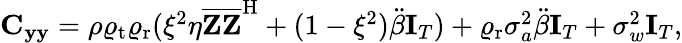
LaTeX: \begin{array}{r}{\mathbf{C}_{\mathbf{y}\mathbf{y}}=\rho\varrho_{\mathrm{t}}\varrho_{\mathrm{r}}(\xi^{2}\eta\overline{{\mathbf{Z}}}\overline{{\mathbf{Z}}}^{\mathrm{H}}+(1-\xi^{2})\ddot{\beta}\mathbf{I}_{T})+\varrho_{\mathrm{r}}\sigma_{a}^{2}\ddot{\beta}\mathbf{I}_{T}+\sigma_{w}^{2}\mathbf{I}_{T},}\end{array}